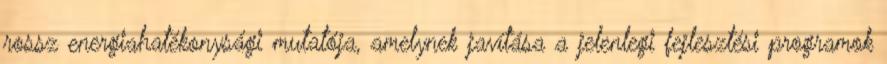
rossz energiahatékonysági mutatója, amelynek javítása a jelenlegi fejlesztési programok